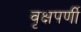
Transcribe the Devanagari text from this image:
वृक्षपर्णी